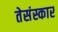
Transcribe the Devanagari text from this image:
तेसंस्कार